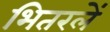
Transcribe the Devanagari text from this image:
भितरलें